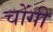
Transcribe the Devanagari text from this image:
चोंगी